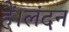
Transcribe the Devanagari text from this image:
हैं।लंदन